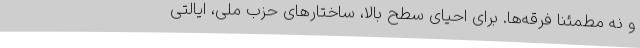
و نه مطمئناً فرقه‌ها. برای احیای سطح بالا، ساختارهای حزب ملی، ایالتی